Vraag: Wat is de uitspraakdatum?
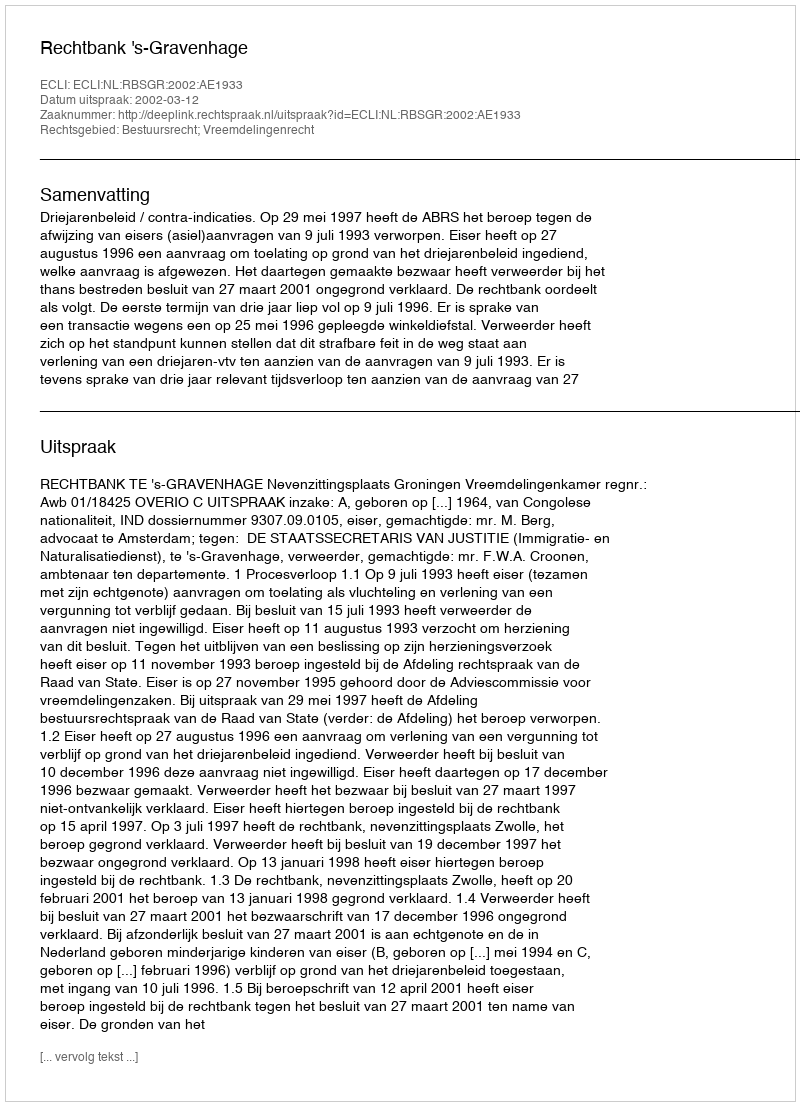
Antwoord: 2002-03-12